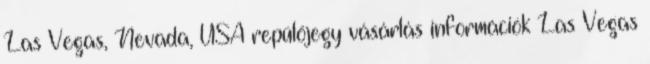
Las Vegas, Nevada, USA repülőjegy vásárlás információk Las Vegas